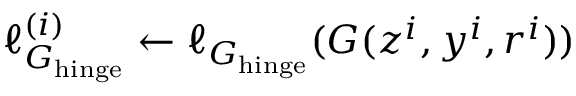
\ell _ { G _ { \mathrm { h i n g e } } } ^ { ( i ) } \leftarrow \ell _ { G _ { \mathrm { h i n g e } } } ( G ( z ^ { i } , y ^ { i } , r ^ { i } ) )